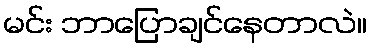
မင်း ဘာပြောချင်နေတာလဲ။